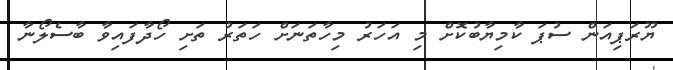
ޔޫރަޕިއަން ސުޕަ ކާމިޔާބުކޮށް މި އަހަރު މިހާތަނަށް ހަތަރު ތަށި ހޯދާފައިވާ ބާސެލޯނާ